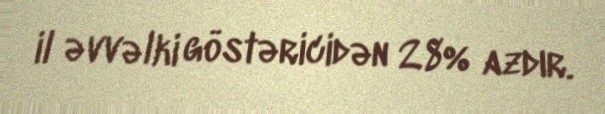
il əvvəlki göstəricidən 28% azdır.